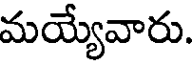
మయ్యేవారు.